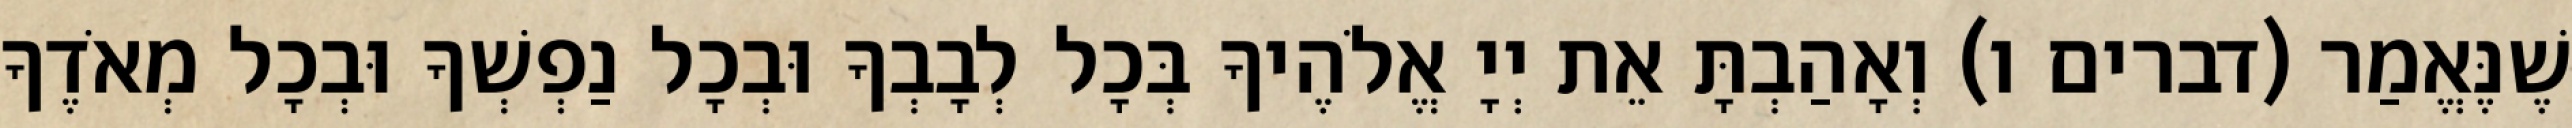
שֶׁנֶּאֱמַר (דברים ו) וְאָהַבְתָּ אֵת יְיָ אֱלֹהֶיךָ בְּכָל לְבָבְךָ וּבְכָל נַפְשְׁךָ וּבְכָל מְאֹדֶךָ